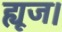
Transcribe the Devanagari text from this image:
ह्यूज।